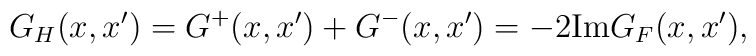
G_H(x,x')=G^+(x,x')+G^-(x,x')=-2 {\rm Im} G_F(x,x'),